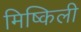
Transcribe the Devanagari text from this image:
मिष्किली